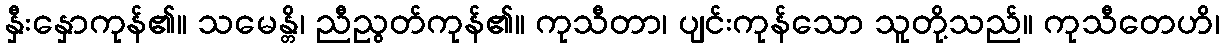
နှီးနှောကုန်၏။ သမေန္တိ၊ ညီညွတ်ကုန်၏။ ကုသီတာ၊ ပျင်းကုန်သော သူတို့သည်။ ကုသီတေဟိ၊